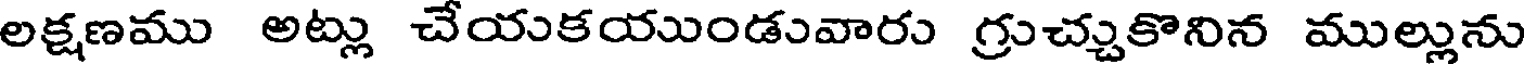
లక్షణము అట్లు చేయకయుండువారు గ్రుచ్చుకొనిన ముల్లును